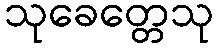
သုခေတ္တေသု